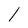
Character: 1